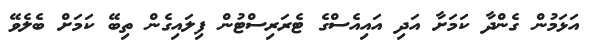
އަޅަމުން ގެންދާ ކަމަށާ އަދި އައިއެސްގެ ޓެރަރިސްޓުން ފިލައިގެން ތިބޭ ކަމަށް ބެލެވޭ